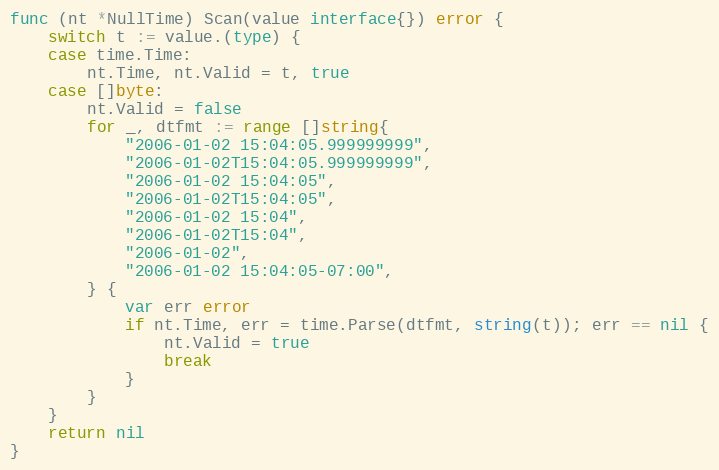
Language: Go
func (nt *NullTime) Scan(value interface{}) error {
	switch t := value.(type) {
	case time.Time:
		nt.Time, nt.Valid = t, true
	case []byte:
		nt.Valid = false
		for _, dtfmt := range []string{
			"2006-01-02 15:04:05.999999999",
			"2006-01-02T15:04:05.999999999",
			"2006-01-02 15:04:05",
			"2006-01-02T15:04:05",
			"2006-01-02 15:04",
			"2006-01-02T15:04",
			"2006-01-02",
			"2006-01-02 15:04:05-07:00",
		} {
			var err error
			if nt.Time, err = time.Parse(dtfmt, string(t)); err == nil {
				nt.Valid = true
				break
			}
		}
	}
	return nil
}